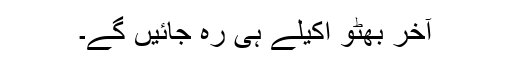
آخر بھٹو اکیلے ہی رہ جائیں گے۔